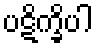
ပဋိက္ခိပါ